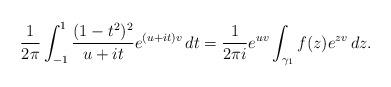
LaTeX: \begin{align*} \frac{1}{2\pi} \int_{-1}^1 \frac{(1-t^2)^2}{u+it}e^{(u+it)v}\,dt = \frac{1}{2\pi i} e^{uv}\int_{\gamma_1} f(z)e^{zv}\,dz. \end{align*}